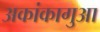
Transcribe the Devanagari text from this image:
अकांकागुआ